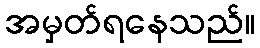
အမှတ်ရနေသည်။